65_HS1-834228961_62-HQ-83894_Section_2
Agency: FBI
Page 23
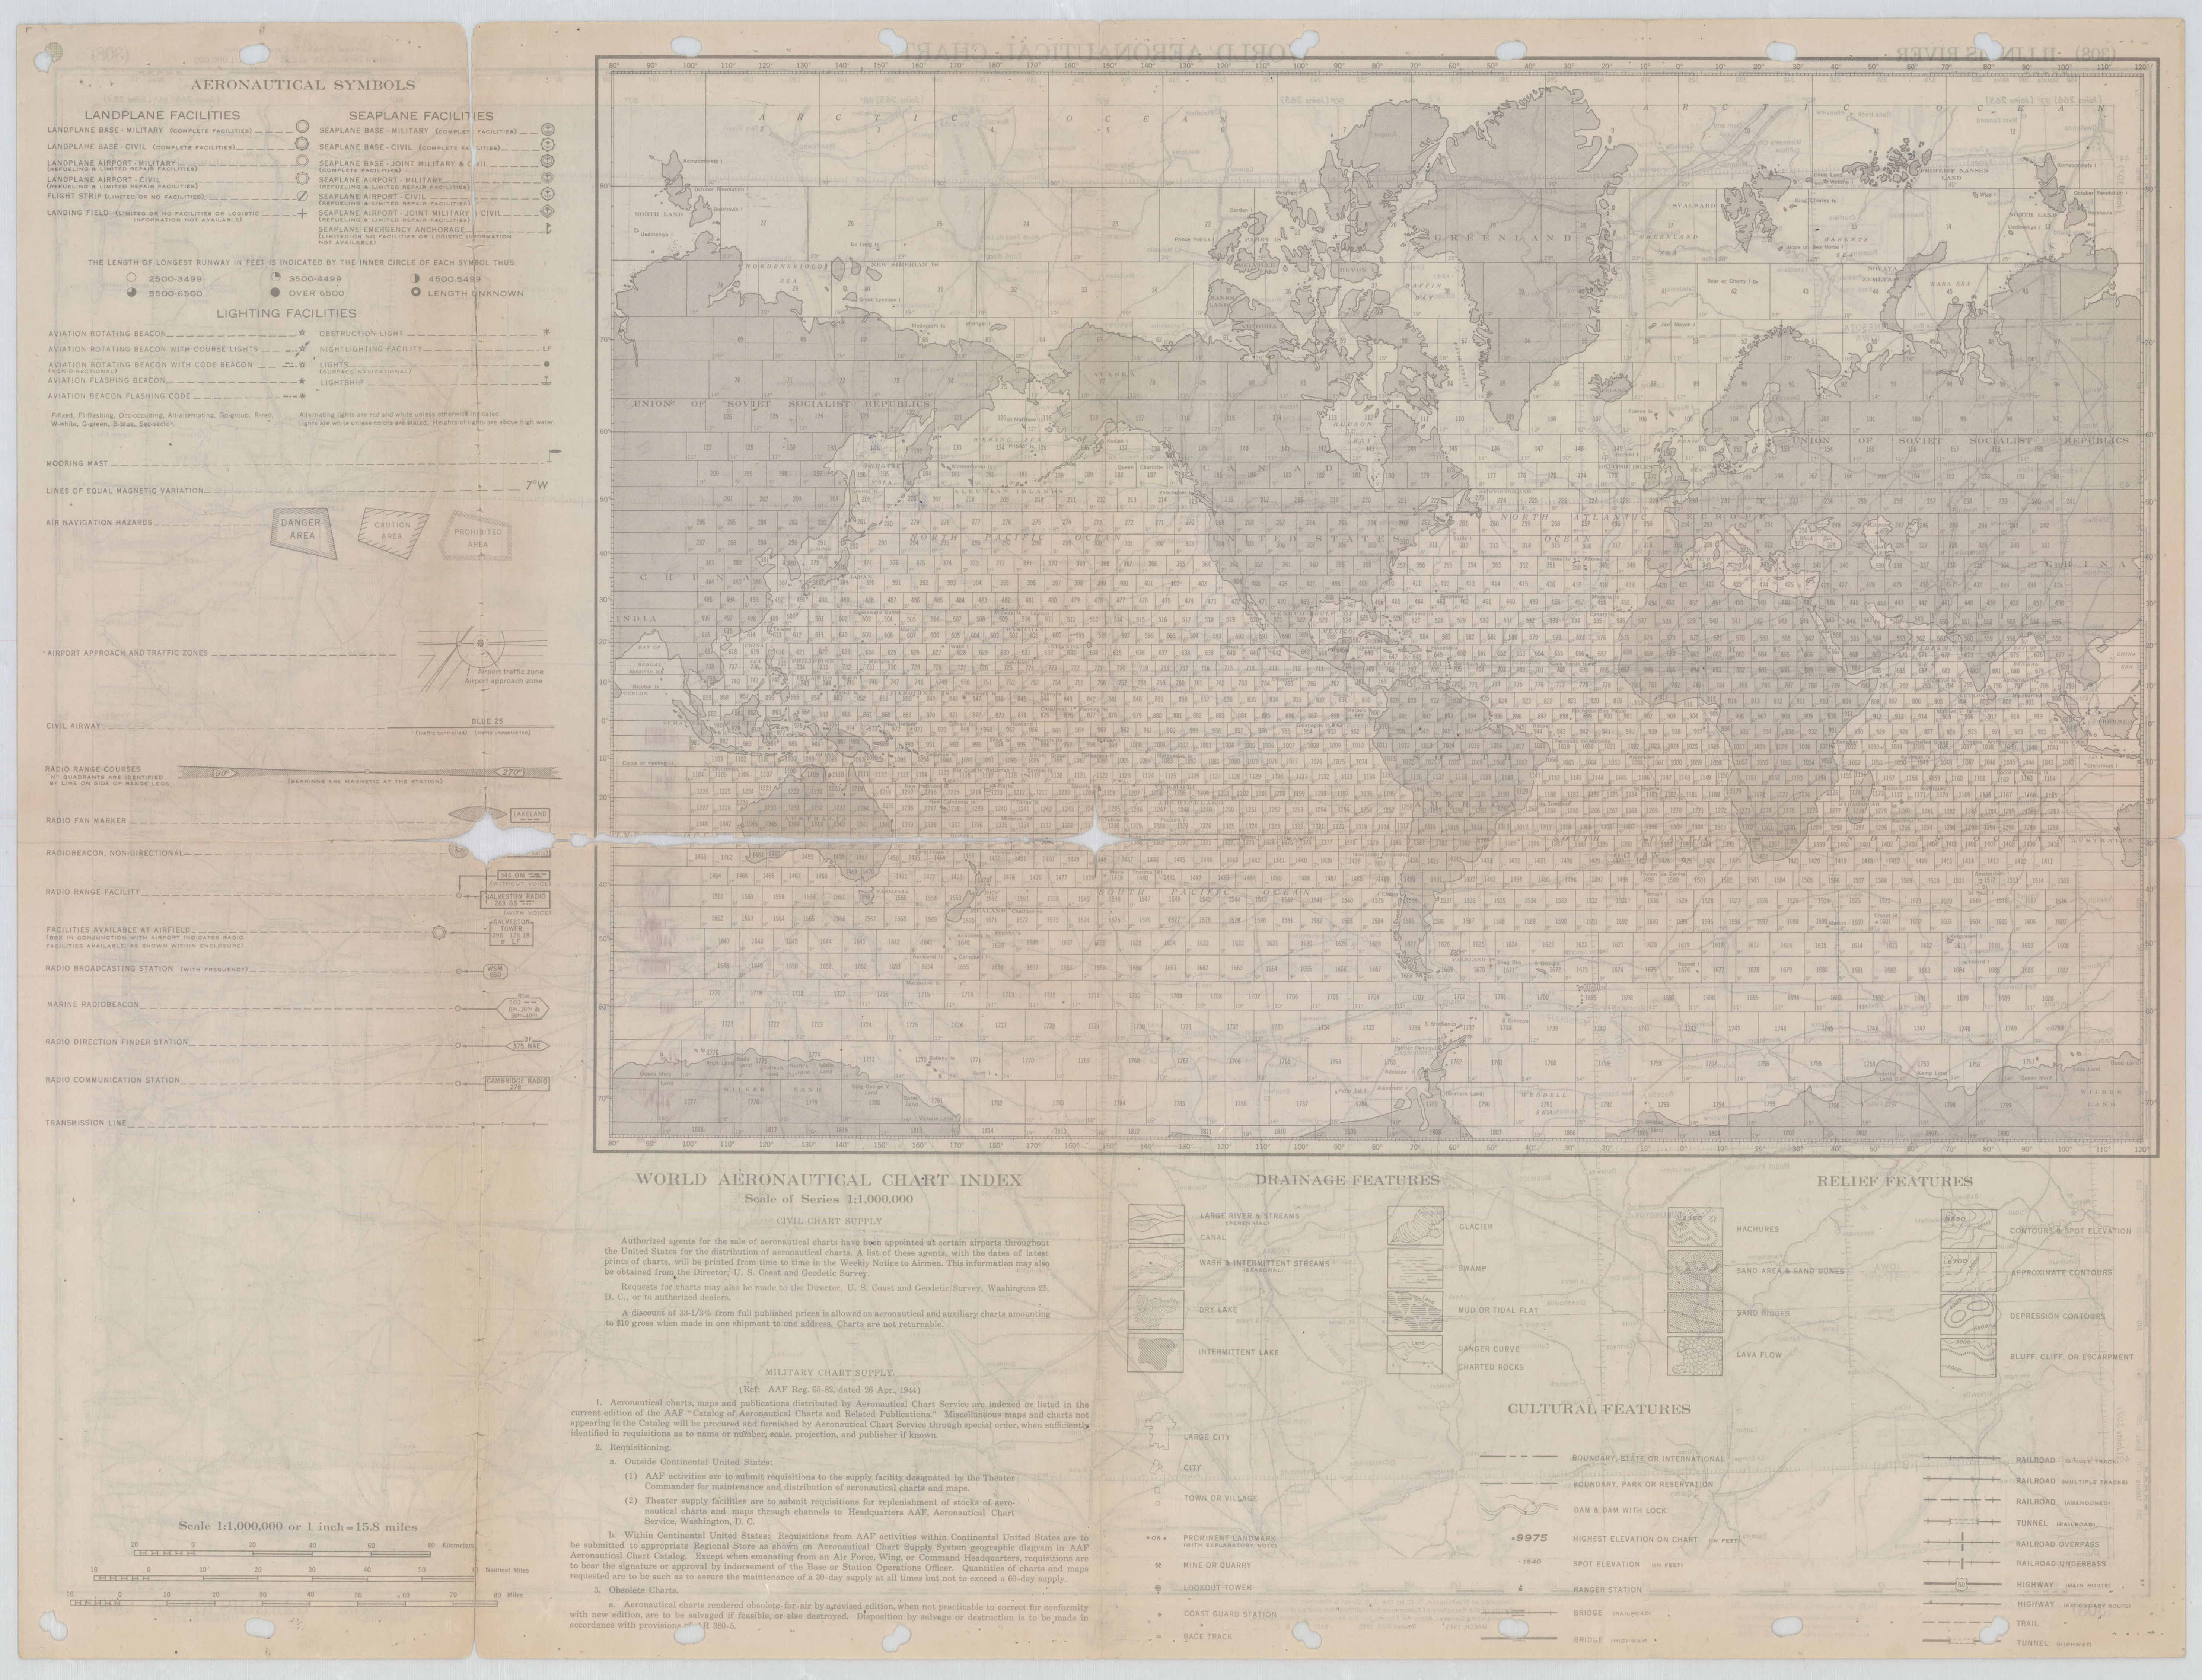